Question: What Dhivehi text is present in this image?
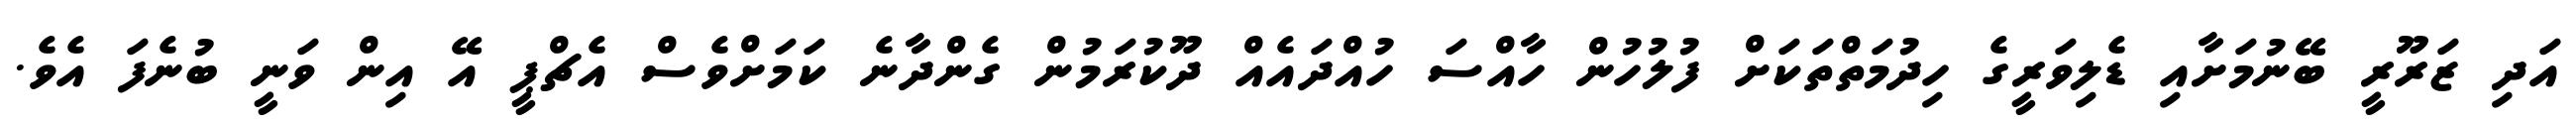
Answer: އަދި ޒަރޫރީ ބޭނުމަށާއި ޑެލިވަރީގެ ހިދުމަތްތަކަށް ފުލުހުން ހާއްސަ ހުއްދައެއް ދޫކުރަމުން ގެންދާނެ ކަމަށްވެސް އެޗްޕީ އޭ އިން ވަނީ ބުނެފަ އެވެ.